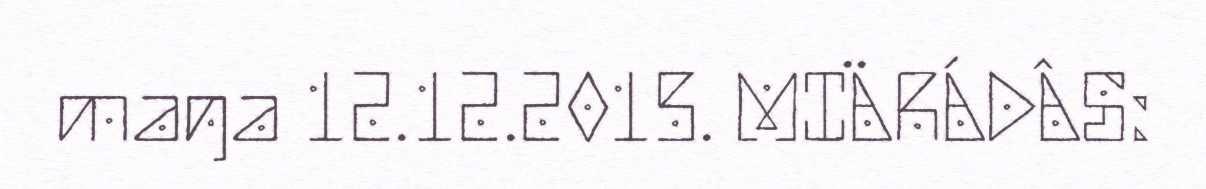
maŋa 12.12.2015. MIÄRÁDÂS: